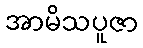
အာမိသပူဇာ